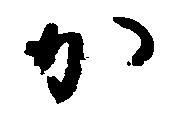
か